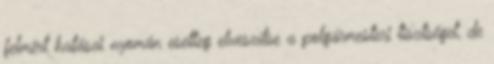
felmért hatásai nyomán esetleg elveszítse a polgármesteri tisztséget, de